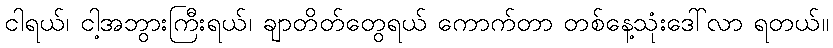
ငါရယ်၊ ငါ့အဘွားကြီးရယ်၊ ချာတိတ်တွေရယ် ကောက်တာ တစ်နေ့သုံးဒေါ်လာ ရတယ်။